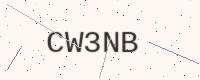
Text: CW3NB